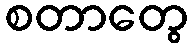
စတာတွေ